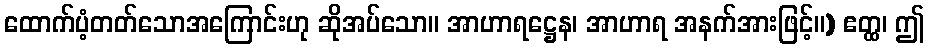
ထောက်ပံ့တတ်သောအကြောင်းဟု ဆိုအပ်သော။ အာဟာရဋ္ဌေန၊ အာဟာရ အနက်အားဖြင့်။) ဧတ္ထ၊ ဤ